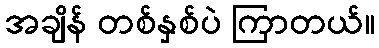
အချိန် တစ်နှစ်ပဲ ကြာတယ်။